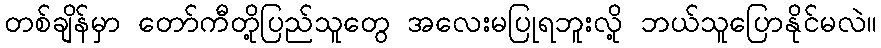
တစ်ချိန်မှာ တော်ကီတို့ပြည်သူတွေ အလေးမပြုရဘူးလို့ ဘယ်သူပြောနိုင်မလဲ။